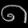
Digit: ၈